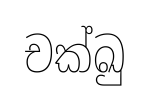
චක්ඛු